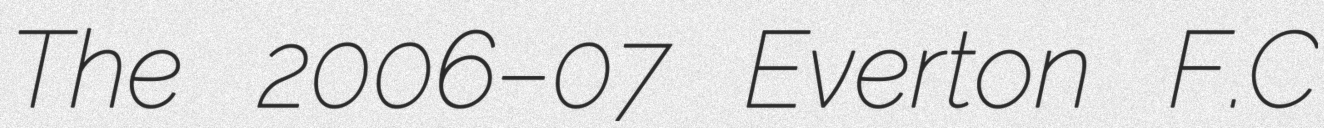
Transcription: The 2006–07 Everton F.C